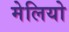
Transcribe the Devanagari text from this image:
मेलियो